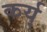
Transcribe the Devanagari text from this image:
कर्य्